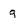
Character: g